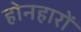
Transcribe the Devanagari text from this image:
होनहारों